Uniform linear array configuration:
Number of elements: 8
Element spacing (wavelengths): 0.5
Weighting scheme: hamming
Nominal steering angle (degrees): -45
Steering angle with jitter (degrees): -45.294
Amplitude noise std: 0.05
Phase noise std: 0.05

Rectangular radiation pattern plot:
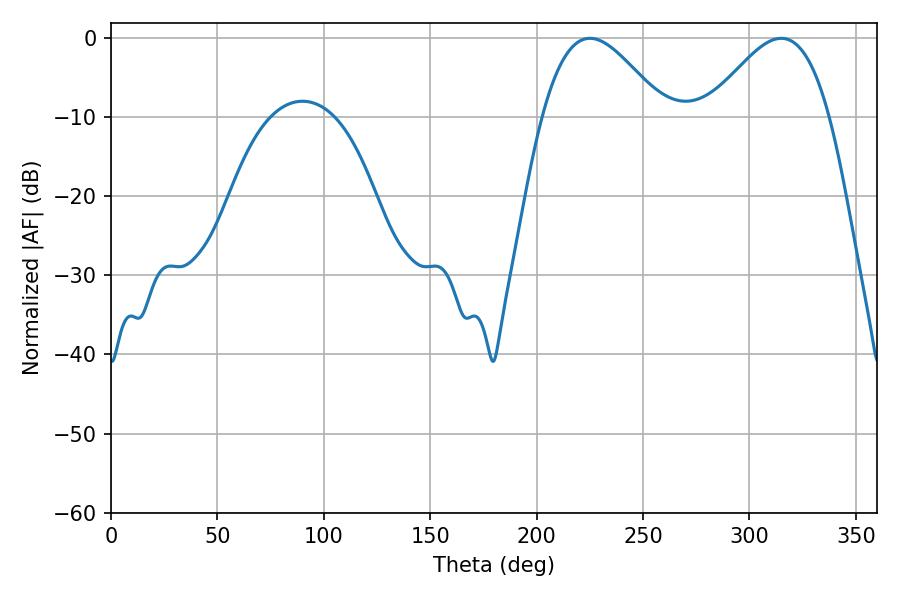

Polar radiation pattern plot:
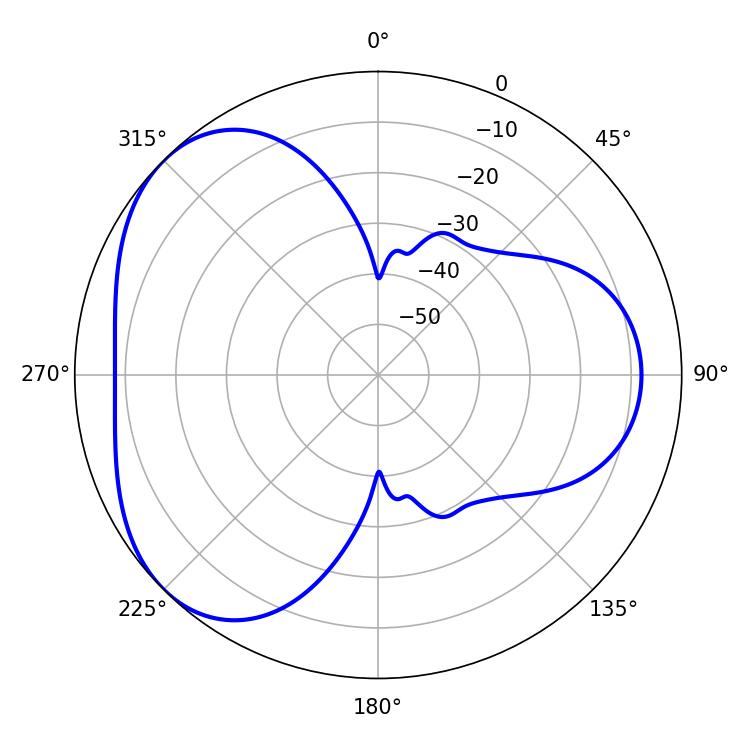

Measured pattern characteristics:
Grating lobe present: FALSE
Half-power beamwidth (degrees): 30.78
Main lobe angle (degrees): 225